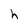
Character: h